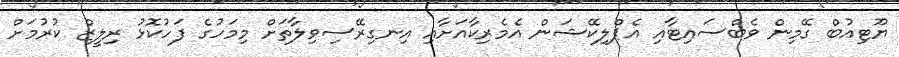
ޔޫޓިއުބް ގޭމިން ވެބްސައިޓާއި އެޕްލިކޭޝަން އެމެރިކާއަށާއި އިނގިރޭސިވިލާތަށް މިމަހުގެ ފަހުކޮޅު ރިލީޒް ކުރުމަށް